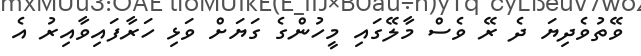
ވޭތުވެދިޔަ ދެ ރޭ ވެސް މާލޭގައި މީހުންގެ ގަޔަށް ވަޅި ހަރާފައިވާއިރު އެ